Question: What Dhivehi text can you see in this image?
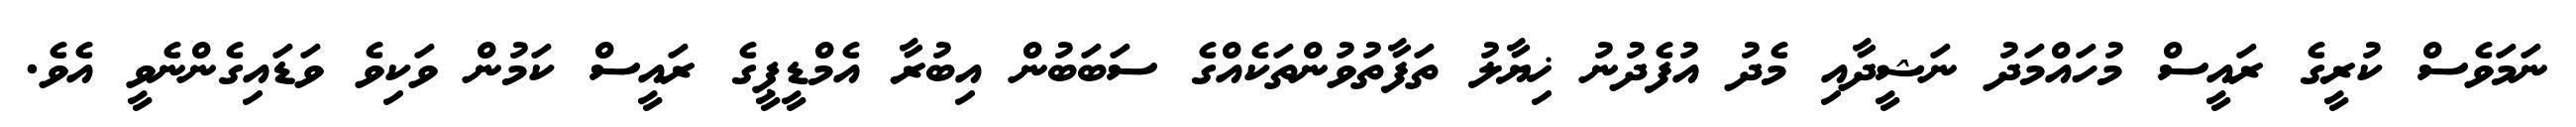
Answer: ނަމަވެސް ކުރީގެ ރައީސް މުހައްމަދު ނަޝީދާއި މެދު އުފެދުނު ޚިޔާލު ތަފާތުވުންތަކެއްގެ ސަބަބުން އިބުރާ އެމްޑީޕީގެ ރައީސް ކަމުން ވަކިވެ ވަޑައިގެންނެވީ އެވެ.